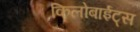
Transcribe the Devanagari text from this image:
किलोबाईट्स